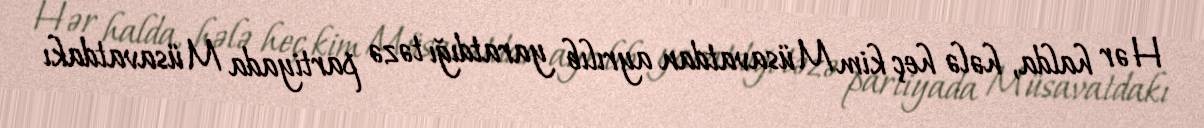
Hər halda, hələ heç kim Müsavatdan ayrılıb yaratdığı təzə partiyada Müsavatdakı